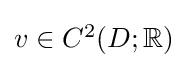
{\textstyle v\in C^{2}(D;\mathbb {R} )}